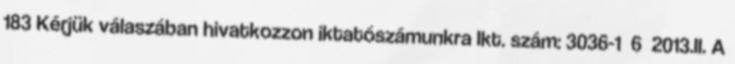
183 Kérjük válaszában hivatkozzon iktatószámunkra Ikt. szám: 3036-1 6 2013.II. A